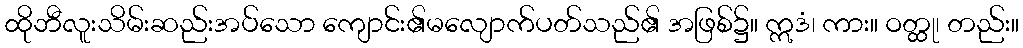
ထိုဘီလူးသိမ်းဆည်းအပ်သော ကျောင်း၏မလျောက်ပတ်သည်၏ အဖြစ်၌။ ဣဒံ၊ ကား။ ဝတ္ထု၊ တည်း။